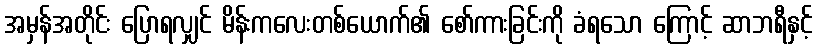
အမှန်အတိုင်း ပြောရလျှင် မိန်းကလေးတစ်ယောက်၏ စော်ကားခြင်းကို ခံရသော ကြောင့် ဆာဘရီနှင့်